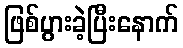
ဖြစ်ပွားခဲ့ပြီးနောက်